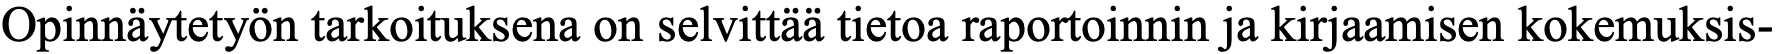
Opinnäytetyön tarkoituksena on selvittää tietoa raportoinnin ja kirjaamisen kokemuksis-